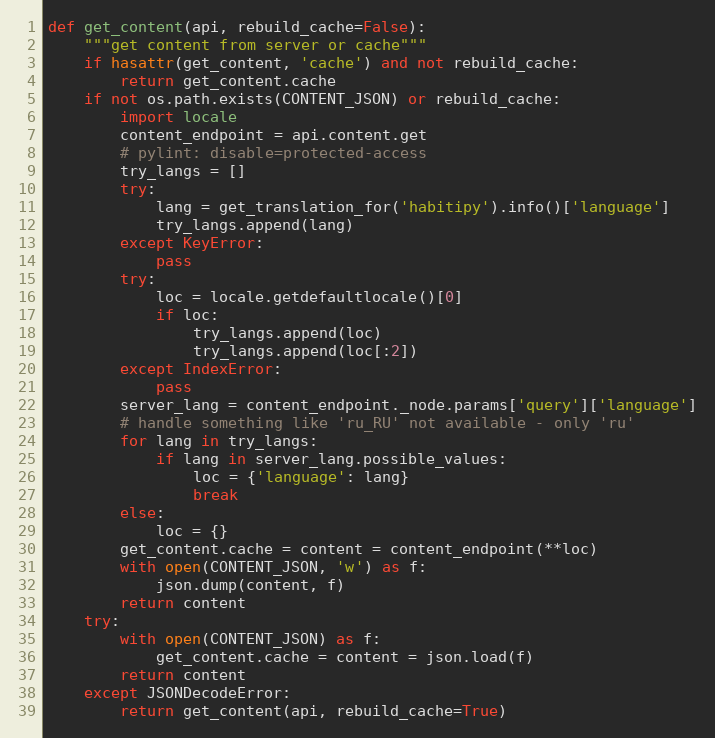
Language: Python
def get_content(api, rebuild_cache=False):
    """get content from server or cache"""
    if hasattr(get_content, 'cache') and not rebuild_cache:
        return get_content.cache
    if not os.path.exists(CONTENT_JSON) or rebuild_cache:
        import locale
        content_endpoint = api.content.get
        # pylint: disable=protected-access
        try_langs = []
        try:
            lang = get_translation_for('habitipy').info()['language']
            try_langs.append(lang)
        except KeyError:
            pass
        try:
            loc = locale.getdefaultlocale()[0]
            if loc:
                try_langs.append(loc)
                try_langs.append(loc[:2])
        except IndexError:
            pass
        server_lang = content_endpoint._node.params['query']['language']
        # handle something like 'ru_RU' not available - only 'ru'
        for lang in try_langs:
            if lang in server_lang.possible_values:
                loc = {'language': lang}
                break
        else:
            loc = {}
        get_content.cache = content = content_endpoint(**loc)
        with open(CONTENT_JSON, 'w') as f:
            json.dump(content, f)
        return content
    try:
        with open(CONTENT_JSON) as f:
            get_content.cache = content = json.load(f)
        return content
    except JSONDecodeError:
        return get_content(api, rebuild_cache=True)